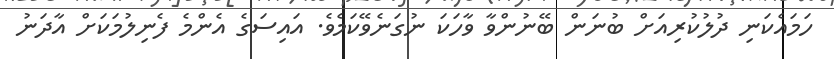
ހަމައެކަނި ދުލުކުރިއަށް ބުނަން ބޭނުންވާ ވާހަކަ ނުގަނެވޭކަމެވެ. އައިސަގެ އެންމެ ފެނިލުމަކަށް އާދަނު